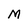
Character: M